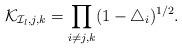
LaTeX: \begin{align*}\mathcal{K}_{\mathcal{I}_l,j,k}=\prod_{i\neq j,k}(1-\triangle_i)^{1/2}.\end{align*}